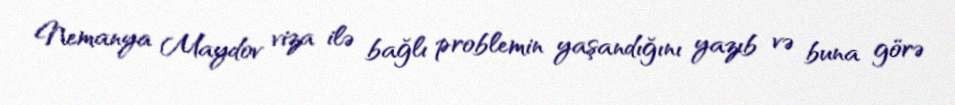
Nemanya Maydov viza ilə bağlı problemin yaşandığını yazıb və buna görə